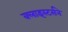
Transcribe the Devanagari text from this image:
क्लाइस्टर्सने